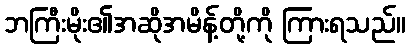
ဘကြီးမိုး၏အဆိုအမိန့်တို့ကို ကြားရသည်။